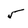
Character: 5